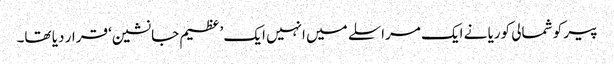
پیر کو شمالی کوریا نے ایک مراسلے میں انہیں ایک ’عظیم جانشین‘ قرار دیا تھا۔